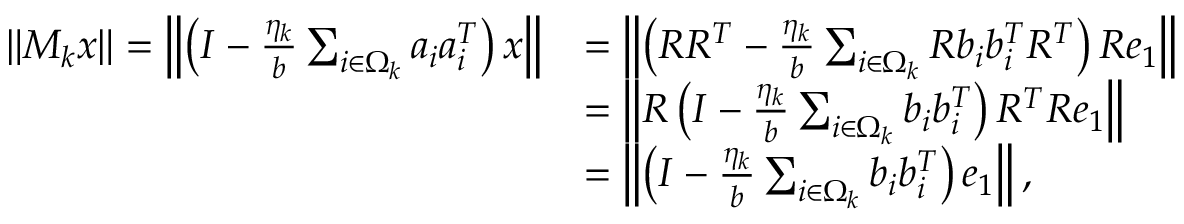
\begin{array} { r l } { \Vert M _ { k } x \Vert = \left\Vert \left( I - \frac { \eta _ { k } } { b } \sum _ { i \in \Omega _ { k } } a _ { i } a _ { i } ^ { T } \right) x \right\Vert } & { = \left\Vert \left( R R ^ { T } - \frac { \eta _ { k } } { b } \sum _ { i \in \Omega _ { k } } R b _ { i } b _ { i } ^ { T } R ^ { T } \right) R e _ { 1 } \right\Vert } \\ & { = \left\Vert R \left( I - \frac { \eta _ { k } } { b } \sum _ { i \in \Omega _ { k } } b _ { i } b _ { i } ^ { T } \right) R ^ { T } R e _ { 1 } \right\Vert } \\ & { = \left\Vert \left( I - \frac { \eta _ { k } } { b } \sum _ { i \in \Omega _ { k } } b _ { i } b _ { i } ^ { T } \right) e _ { 1 } \right\Vert , } \end{array}